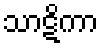
သာဋိကာ